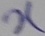
Text: X